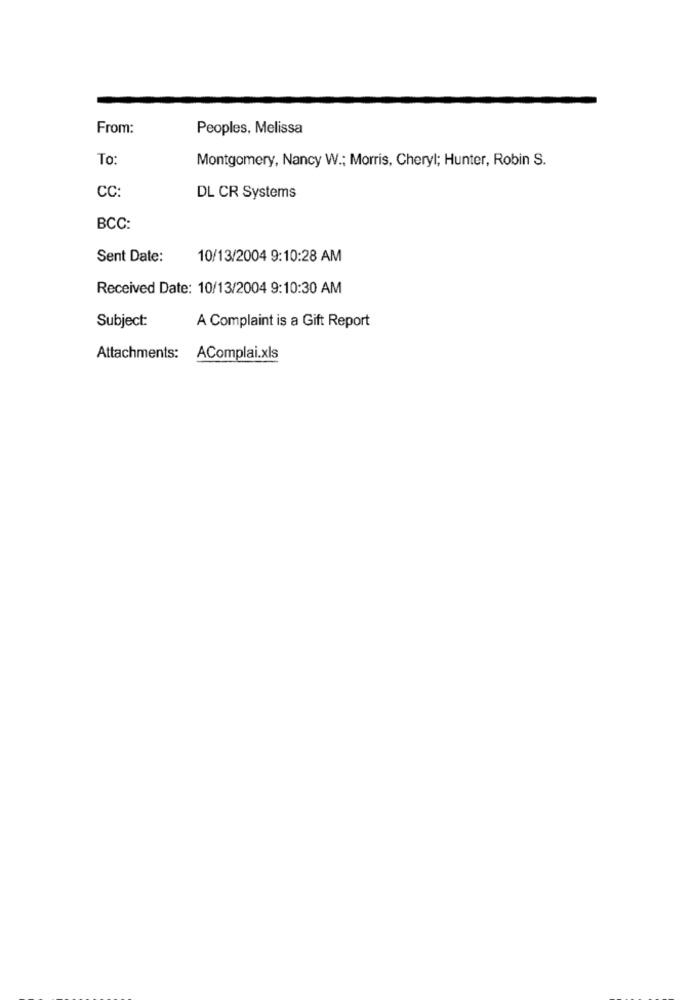
From:
Peoples, Melissa
To:
Montgomery, Nancy W .; Morris, Cheryl; Hunter, Robin S.
CC:
DL CR Systems
BCC:
Sent Date:
10/13/2004 9:10:28 AM
Received Date: 10/13/2004 9:10:30 AM
Subject:
A Complaint is a Gift Report
Attachments:
AComplai.xls